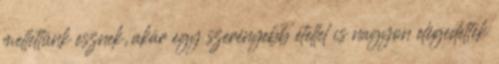
mellettünk esznek, akár egy szerényebb étellel is nagyon elégedettek